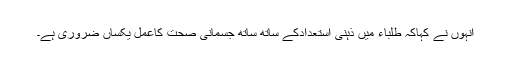
انہوں نے کہاکہ طلباء میں ذہنی استعدادکے ساتھ ساتھ جسمانی صحت کاعمل یکساں ضروری ہے۔